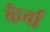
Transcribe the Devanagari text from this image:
कैर्वा